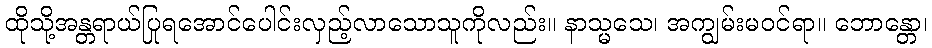
ထိုသို့အန္တရာယ်ပြုရအောင်ပေါင်းလှည့်လာသောသူကိုလည်း။ နာသ္မသေ၊ အကျွမ်းမဝင်ရာ။ ဘောန္တော၊